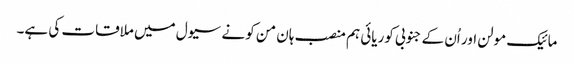
مائیک مولن اور اُن کے جنوبی کوریائی ہم منصب ہان من کو نے سیول میں ملاقات کی ہے۔